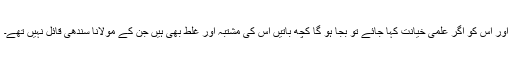
اور اس کو اگر علمی خیانت کہا جائے تو بجا ہو گا کچھ باتیں اس کی مشتبہ اور غلط بھی ہیں جن کے مولانا سندھیؒ قائل نہیں تھے۔